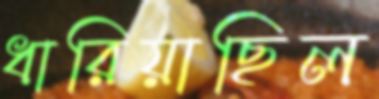
ধারিয়াছিল